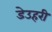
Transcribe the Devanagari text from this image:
डेउहरी